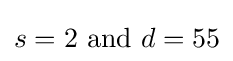
s=2{\text{ and }}d=55